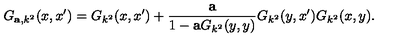
G _ { { \bf a } , k ^ { 2 } } ( x , x ^ { \prime } ) = G _ { k ^ { 2 } } ( x , x ^ { \prime } ) + { \frac { \bf a } { 1 - { \bf a } G _ { k ^ { 2 } } ( y , y ) } } G _ { k ^ { 2 } } ( y , x ^ { \prime } ) G _ { k ^ { 2 } } ( x , y ) .